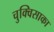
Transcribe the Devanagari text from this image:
चुक्विसाका